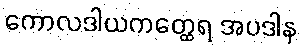
ကောလဒါယကတ္ထေရ အပဒါန